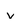
Character: v